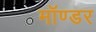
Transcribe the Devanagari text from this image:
मॉण्डर